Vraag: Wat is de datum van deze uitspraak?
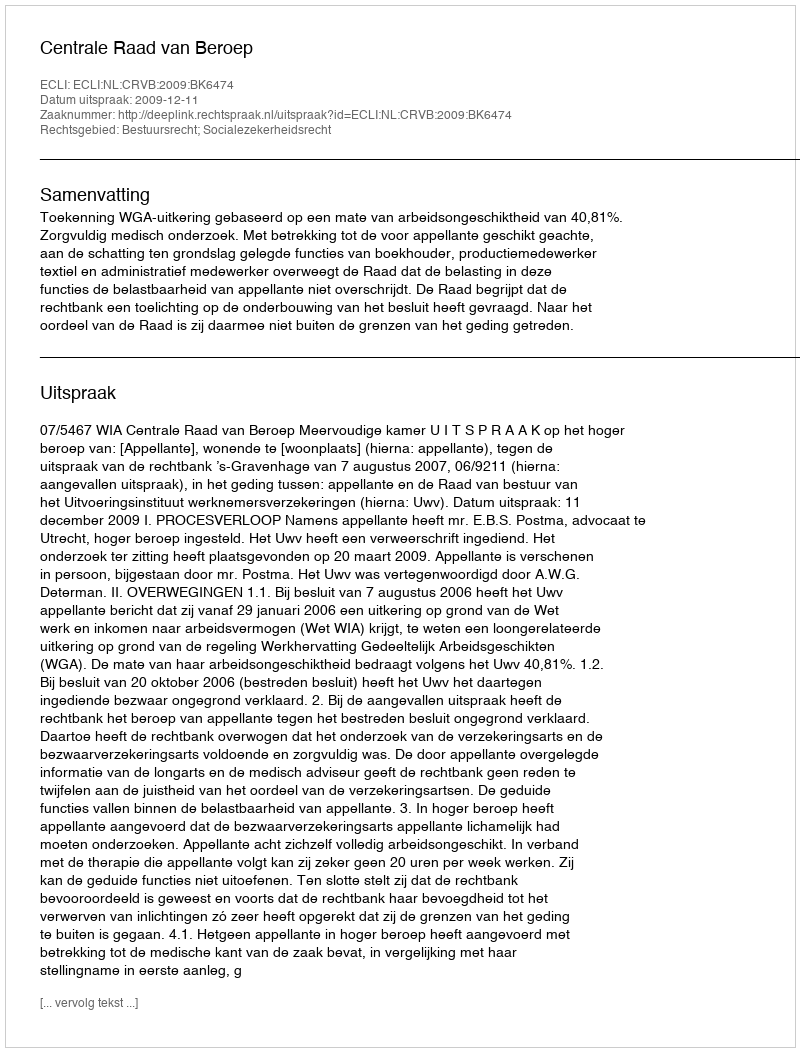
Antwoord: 2009-12-11